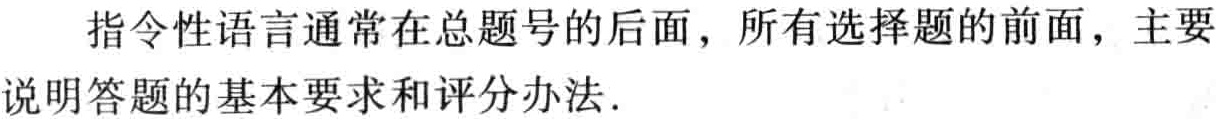
指令性语言通常在总题号的后面，所有选择题的前面，主要说明答题的基本要求和评分办法.